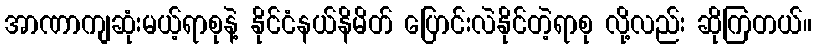
အာဏာကျဆုံးမယ့်ရာစုနဲ့ နိုင်ငံနယ်နိမိတ် ပြောင်းလဲနိုင်တဲ့ရာစု လို့လည်း ဆိုကြတယ်။